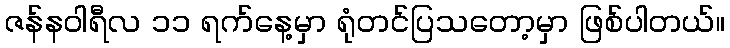
ဇန်နဝါရီလ ၁၁ ရက်နေ့မှာ ရုံတင်ပြသတော့မှာ ဖြစ်ပါတယ်။